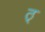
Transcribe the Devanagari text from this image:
ठ्‌